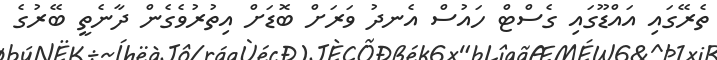
ތެރޭގައި އައްޑޫގައި ގެސްޓް ހައުސް އެނދު ވަރަށް ބޮޑަށް އިތުރުވެގެން ދާނެތީ ބޭރުގެ